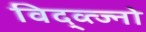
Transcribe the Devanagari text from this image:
विद्व्त्ज्नो